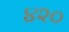
૪૨૦